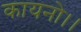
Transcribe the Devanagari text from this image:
कायनो।।